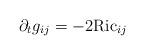
LaTeX: \begin{align*}\partial_t g_{ij} = -2\mathrm{Ric}_{ij} \end{align*}